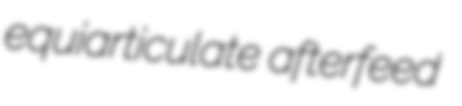
equiarticulate afterfeed